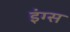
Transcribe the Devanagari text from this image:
इंग्स